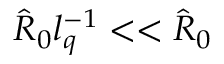
\hat { R } _ { 0 } l _ { q } ^ { - 1 } < < \hat { R } _ { 0 }